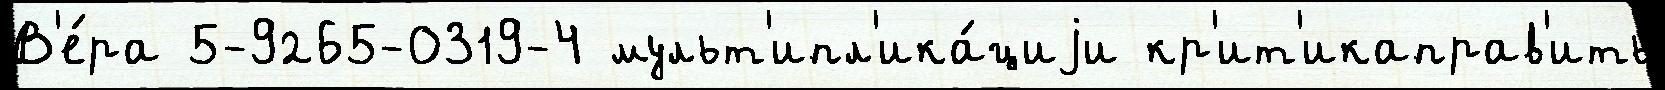
В'е́ра 5-9265-0319-4 мульт'ипл'ика́циjи кр'ит'икаправ'ить